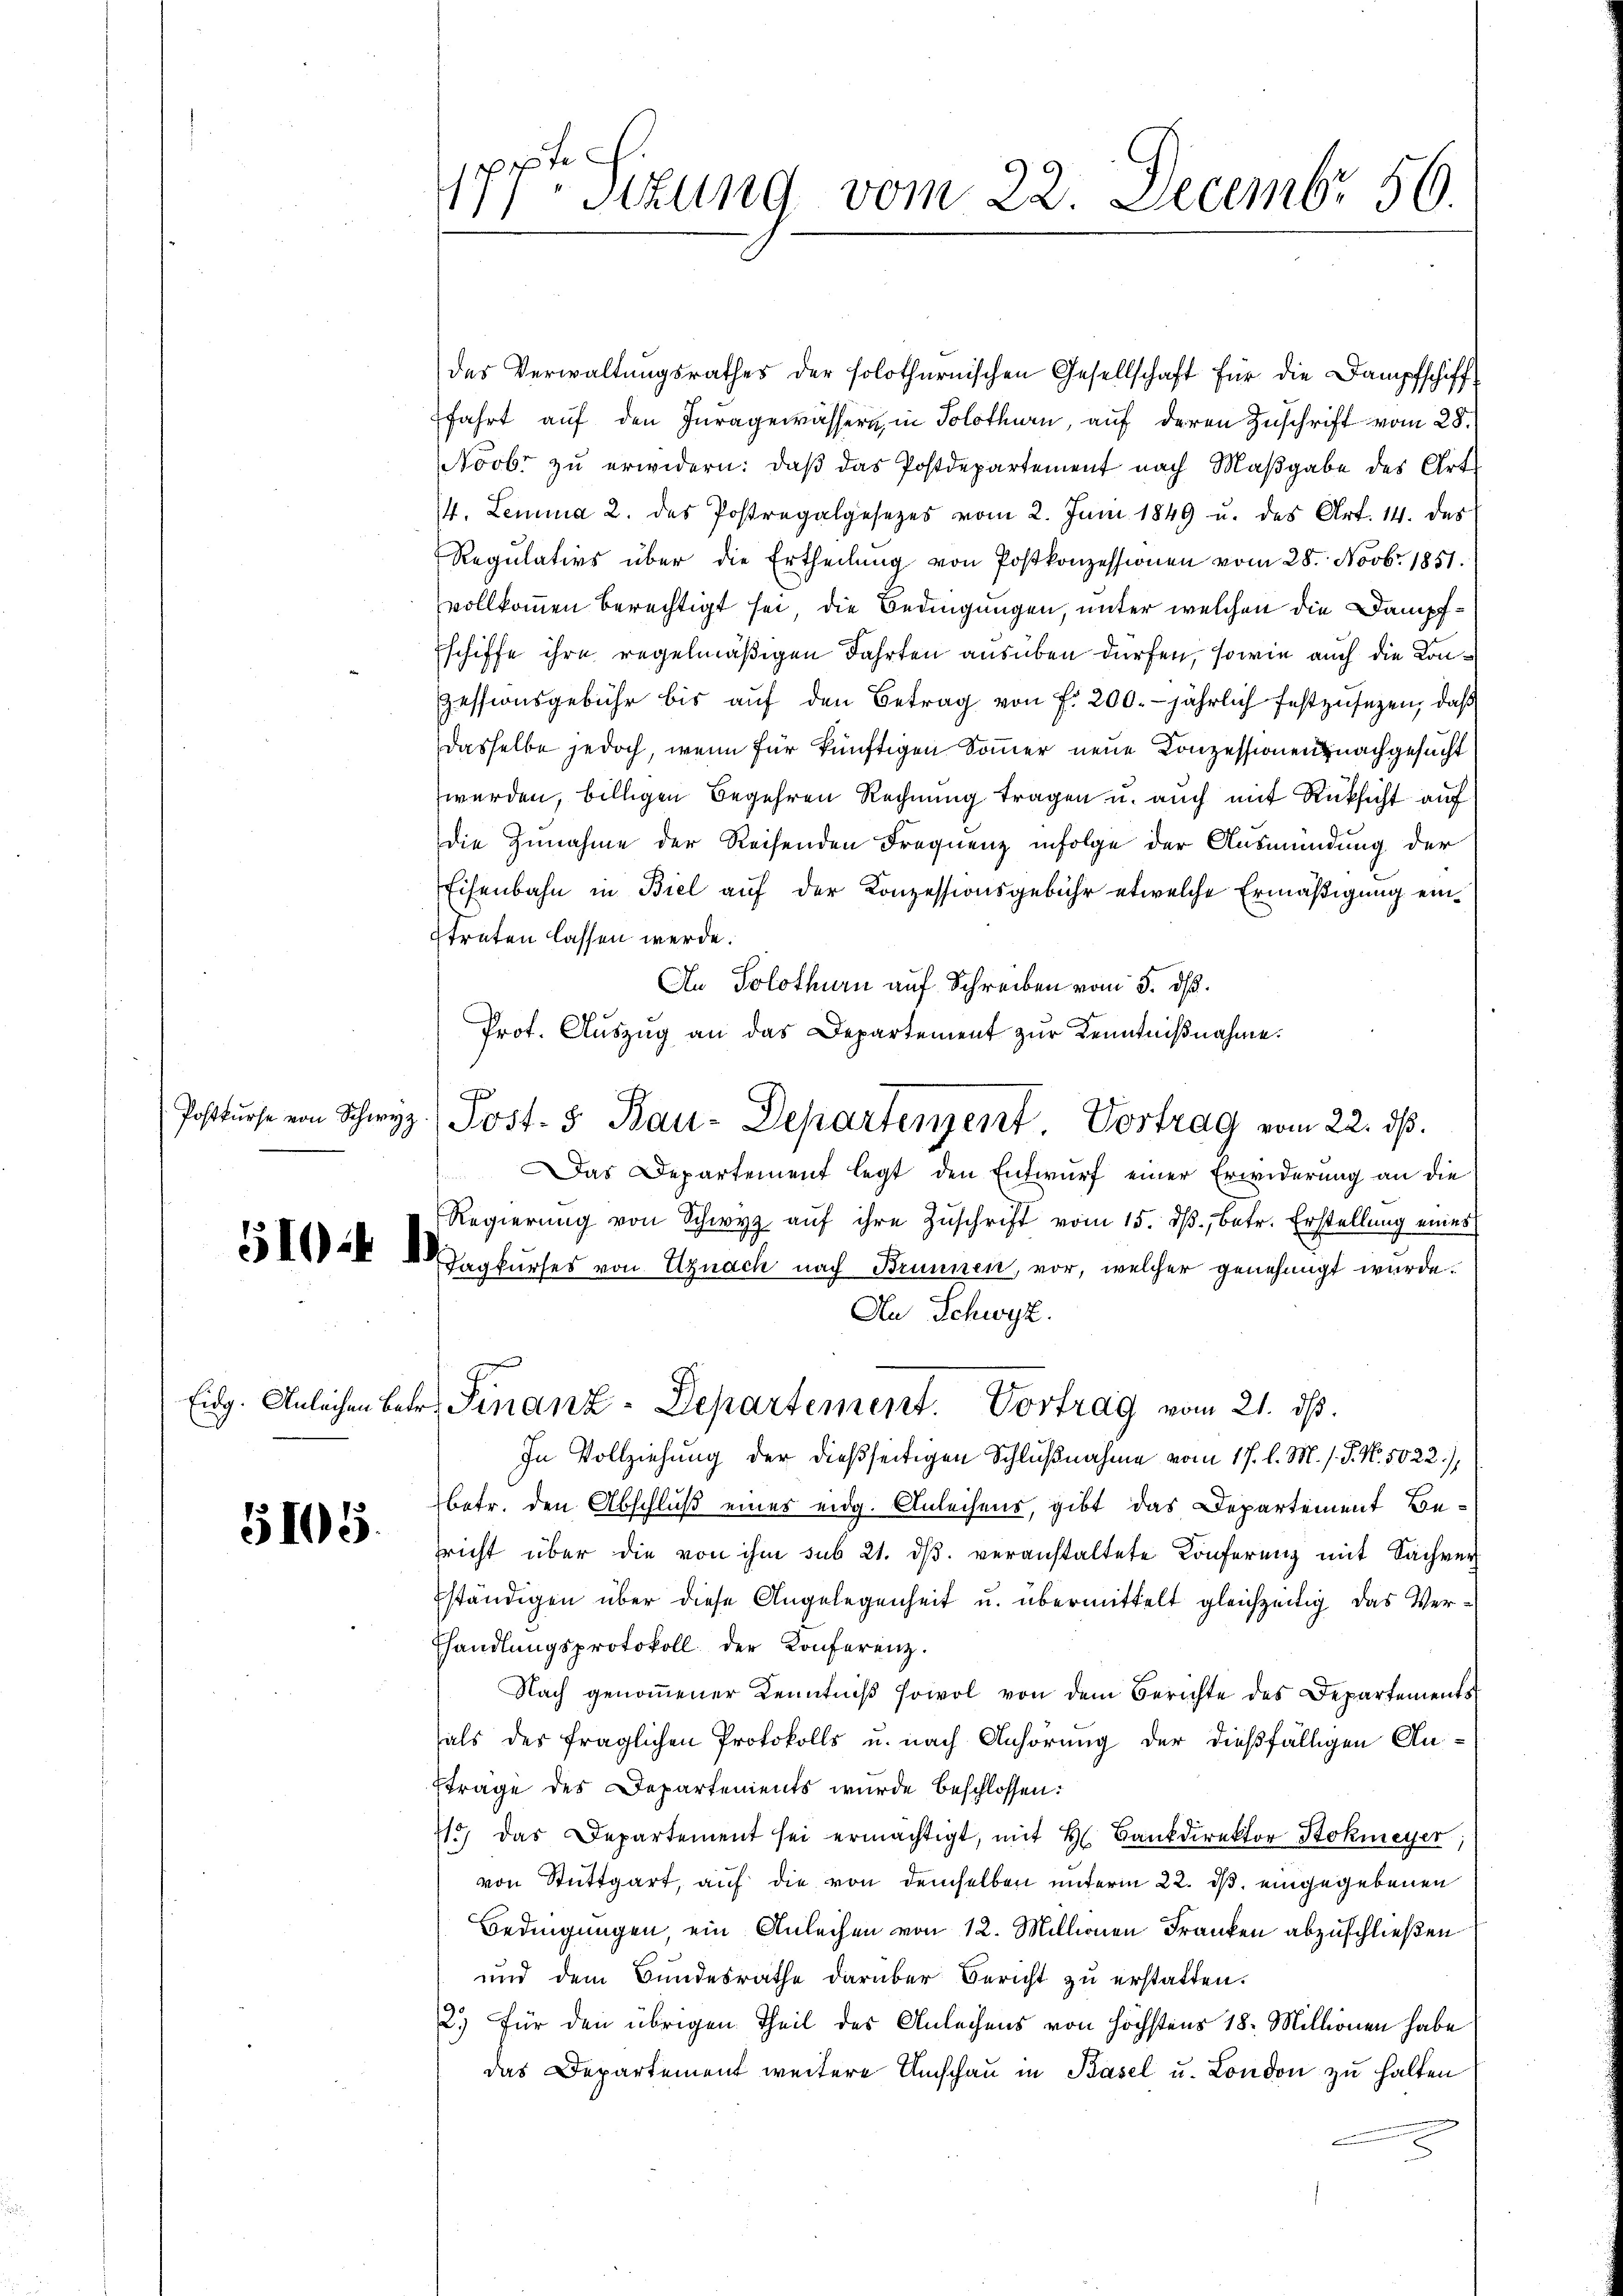
5105.

fe
177. Sitzung vom 22. Decembr 56.

des Verwaltungsrathes der solothurnischen Gesellschaft für die Dampfschiff
fahrt auf den Iuragewässern, in Solothurn, auf deren Zuschrift vom 28.
Novbr zu erwidern: daβ das Postdepartement nach Maβgabe des Art
4. Lemma 2. des Postregalgesetzes vom 2. Juni 1849 u. des Art. 14. des
Regulativs über die Ertheilŭng von Postkonzessionen vom 28. Novbr. 1851.
vollkommen berechtigt sei, die Bedingungen, unter welchen die Dampfschiffe ihre regelmäßigen Fahrten ausüben dürfen, sowie auch die Kon¬
Zessionsgebühr bis auf den Betrag von f. 200. jährlich festzusezen, daß
dasselbe jedoch, wenn für künftigen Sommer neue Konzessionen, nachgesucht
werden, billigen Begehren Rechnung tragen u. auch mit Rücksicht auf
die Zunahme der Reisenden Frequenz infolge der Ausmündung der
Eisenbahn in Biel auf der Konzessionsgebühr etwelche Ermäßigung ein¬
Etreten lassen werde.
An Solothurn auf Schreiben vom 5. dß.
e
Prot. Aŭszŭg an das Departement zŭr Kenntniβnahme.
Das Departement legt den Entwurf einer Erwiderung an die
Regierŭng von Schwyz aŭf ihre Zuschrift vom 15. ds., betr. Erstellung eines
55 - Zugkurser von Uznach nach Brunnen, vor, welcher genehmigt wurde.
An Schwyz.
Eidg. Anleichen betr. Finanz-Departement. Vortrag vom 21. ds.
In Vollziehung der dießseitigen Schlußnahme vom 17. l. M. s. S. No. 5022),
betr. den Abschluß eines eidg. Anleihens, gibt das Departement Besricht über die von ihm sub 21. dβ veranstaltete Konferenz mit Sachver
ständigen über diese Angelegenheit u. übermittelt gleichzeitig das Verhhandlungsprotokoll der Konferenz.
Nach genommener Kenntniß sowol von dem Berichte des Departements
als des fraglichen Protokolls u. nach Anhörung der dießfälligen Anfträge des Departements wurde beschlossen:
715, das Departement sei ermächtigt, mit H. Bankdirektor Stokmeyer,
von Stuttgart, auf die von demselben unterm 22. ds. eingegebenen
Bedingungen, ein Anleihen von 12. Millionen Franken abzuschließen
und dem Bundesrathe darüber Bericht zu erstatten.
2.) Für den übrigen Theil des Anleihens von höchstens 18. Millionen habe
das Departement weitere Umschau in Basel u. London zu halten

Postkŭrse von Schwyz) Post- & Bau-Departement. Vortrag vom 22. ds.